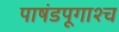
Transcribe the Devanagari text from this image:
पाषंडपूगाश्च